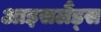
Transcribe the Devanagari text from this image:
आइसलैंड्स